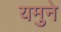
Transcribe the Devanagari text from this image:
यमुने